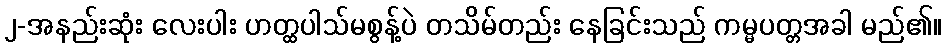
၂-အနည်းဆုံး လေးပါး ဟတ္ထပါသ်မစွန့်ပဲ တသိမ်တည်း နေခြင်းသည် ကမ္မပတ္တအခါ မည်၏။